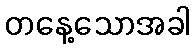
တနေ့သောအခါ